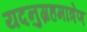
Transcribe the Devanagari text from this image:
यदनुग्रहमात्रेण